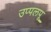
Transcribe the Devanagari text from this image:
उप्पलपू